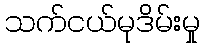
သက်ငယ်မုဒိမ်းမှု